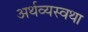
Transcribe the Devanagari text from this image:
अर्थव्यस्वथा